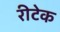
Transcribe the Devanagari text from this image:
रीटेक